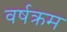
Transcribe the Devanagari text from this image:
वर्षक्रम